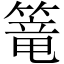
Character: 篭